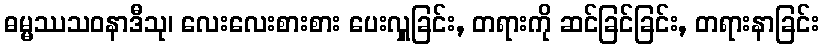
ဓမ္မဿသဝနာဒီသု၊ လေးလေးစားစား ပေးလှူခြင်း, တရားကို ဆင်ခြင်ခြင်း, တရားနာခြင်း